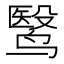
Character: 鹥